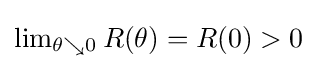
{\textstyle \lim _{\theta \searrow 0}R(\theta )=R(0)>0}